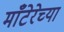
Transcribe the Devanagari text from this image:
माँटेरेच्या